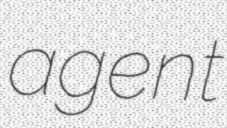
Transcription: agent